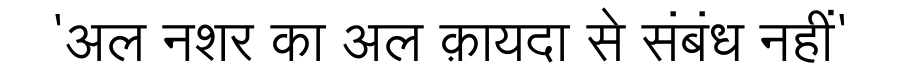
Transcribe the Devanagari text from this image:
'अल नशर का अल क़ायदा से संबंध नहीं'